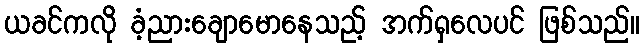
ယခင်ကလို ခံ့ညားချောမောနေသည့် အက်ရှလေပင် ဖြစ်သည်။